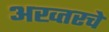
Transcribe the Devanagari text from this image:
अख्तरचे